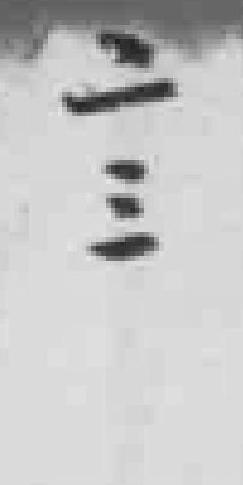
二三